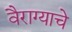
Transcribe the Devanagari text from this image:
वैराग्याचे